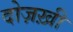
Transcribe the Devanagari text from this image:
दोज़ख़ी